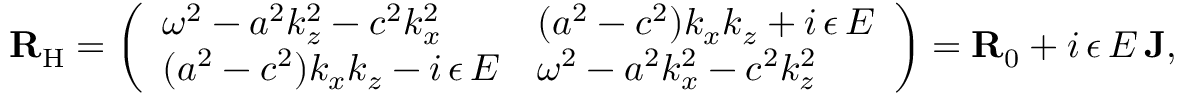
{ \mathbf { R } } _ { \mathrm { H } } = \left( \begin{array} { l l } { \omega ^ { 2 } - a ^ { 2 } k _ { z } ^ { 2 } - c ^ { 2 } k _ { x } ^ { 2 } } & { ( a ^ { 2 } - c ^ { 2 } ) k _ { x } k _ { z } + i \, \epsilon \, E } \\ { ( a ^ { 2 } - c ^ { 2 } ) k _ { x } k _ { z } - i \, \epsilon \, E } & { \omega ^ { 2 } - a ^ { 2 } k _ { x } ^ { 2 } - c ^ { 2 } k _ { z } ^ { 2 } } \end{array} \right) = { \mathbf { R } } _ { 0 } + i \, \epsilon \, E \, { \mathbf { J } } ,